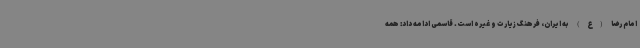
امام رضا (ع) به ایران، فرهنگ زیارت و غیره است. قاسمی ادامه داد: همه